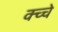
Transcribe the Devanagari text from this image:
क्च्चे